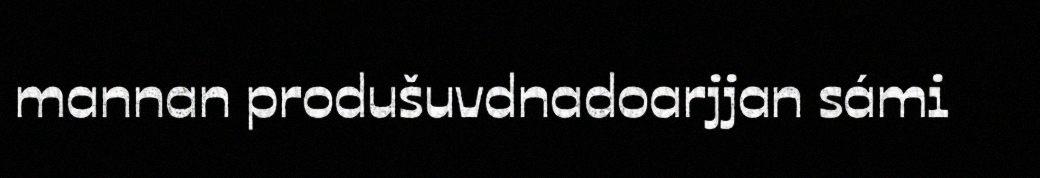
mannan produšuvdnadoarjjan sámi